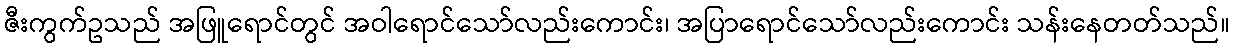
ဇီးကွက်ဥသည် အဖြူရောင်တွင် အဝါရောင်သော်လည်းကောင်း၊ အပြာရောင်သော်လည်းကောင်း သန်းနေတတ်သည်။